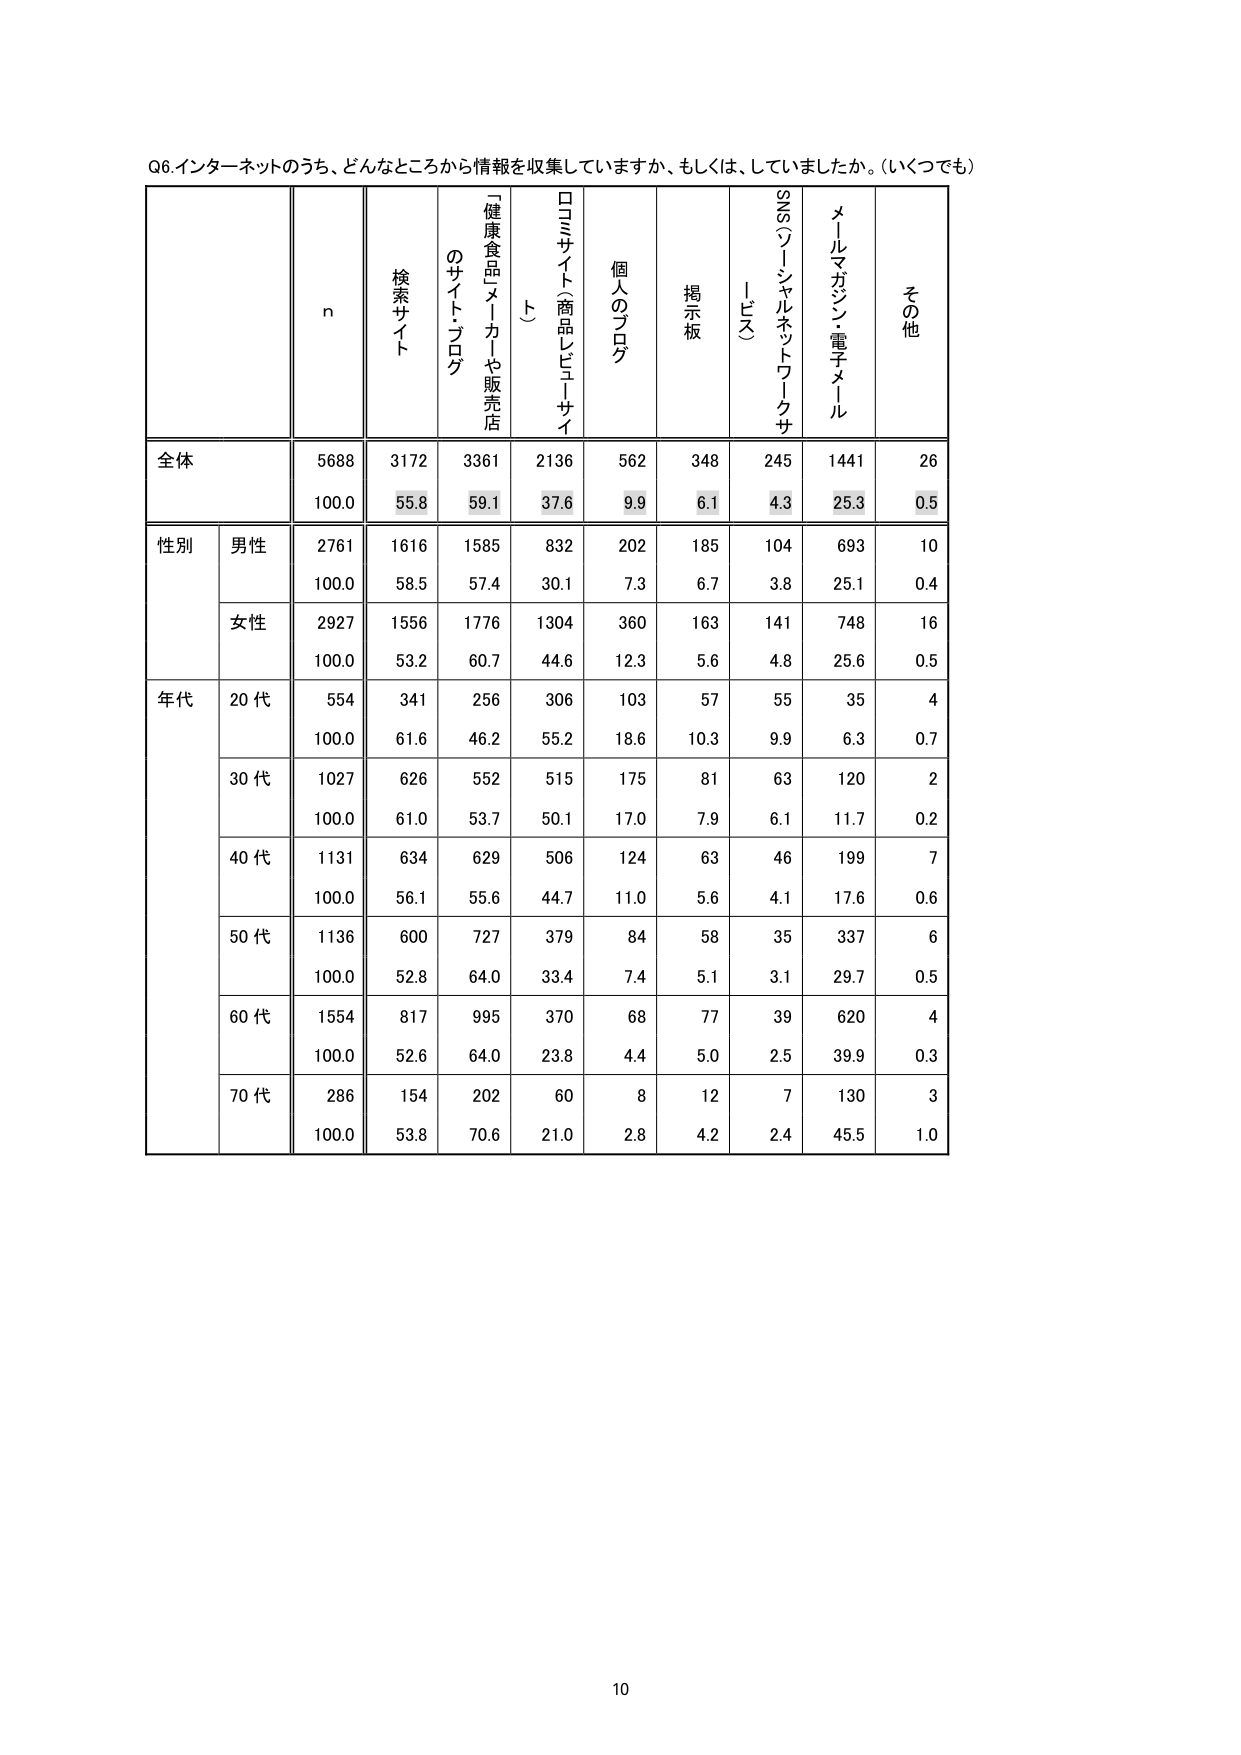
Q6.インターネットのうち、どんなところから情報を収集していますか、もしくは、していましたか。（いくつでも）

n
検索サイト
「健康食品メーカー」や販売店のサイト・ブログ
口コミサイト（商品レビューサイト）
個人のブログ
掲示板
SNS（ソーシャルネットワークサービス）
メールマガジン・電子メール
その他

全体
5688
3172
3361
2136
562
348
245
1441
26
100.0
55.8
59.1
37.6
9.9
6.1
4.3
25.3
0.5

性別
男性
2761
1616
1585
832
202
185
104
693
10
100.0
58.5
57.4
30.1
7.3
6.7
3.8
25.1
0.4
女性
2927
1556
1776
1304
360
163
141
748
16
100.0
53.2
60.7
44.6
12.3
5.6
4.8
25.6
0.5

年代
20代
554
341
256
306
103
57
55
35
4
100.0
61.6
46.2
55.2
18.6
10.3
9.9
6.3
0.7
30代
1027
626
552
515
175
81
63
120
2
100.0
61.0
53.7
50.1
17.0
7.9
6.1
11.7
0.2
40代
1131
634
629
506
124
63
46
199
7
100.0
56.1
55.6
44.7
11.0
5.6
4.1
17.6
0.6
50代
1136
600
727
379
84
58
35
337
6
100.0
52.8
64.0
33.4
7.4
5.1
3.1
29.7
0.5
60代
1554
817
995
370
68
77
39
620
4
100.0
52.6
64.0
23.8
4.4
5.0
2.5
39.9
0.3
70代
286
154
202
60
8
12
7
130
3
100.0
53.8
70.6
21.0
2.8
4.2
2.4
45.5
1.0

10